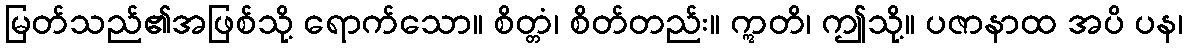
မြတ်သည်၏အဖြစ်သို့ ရောက်သော။ စိတ္တံ၊ စိတ်တည်း။ ဣတိ၊ ဤသို့။ ပဇာနာထ အပိ ပန၊